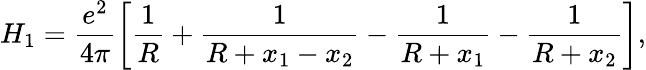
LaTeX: H_{1}=\frac{e^{2}}{4\pi}\left[\frac{1}{R}+\frac{1}{R+x_{1}-x_{2}}-\frac{1}{R+x_{1}}-\frac{1}{R+x_{2}}\right],